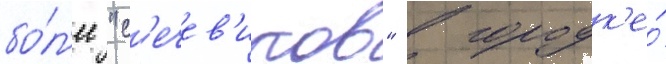
бо́л'ее "с'ечев'иков" в городк'е́